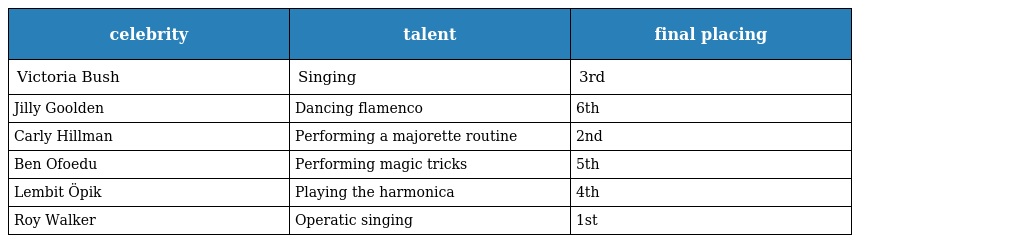
| celebrity | talent | final placing |
 | --- | --- | --- |
 | Victoria Bush | Singing | 3rd |
 | Jilly Goolden | Dancing flamenco | 6th |
 | Carly Hillman | Performing a majorette routine | 2nd |
 | Ben Ofoedu | Performing magic tricks | 5th |
 | Lembit Öpik | Playing the harmonica | 4th |
 | Roy Walker | Operatic singing | 1st |